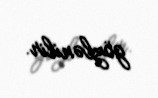
gözlənilir.